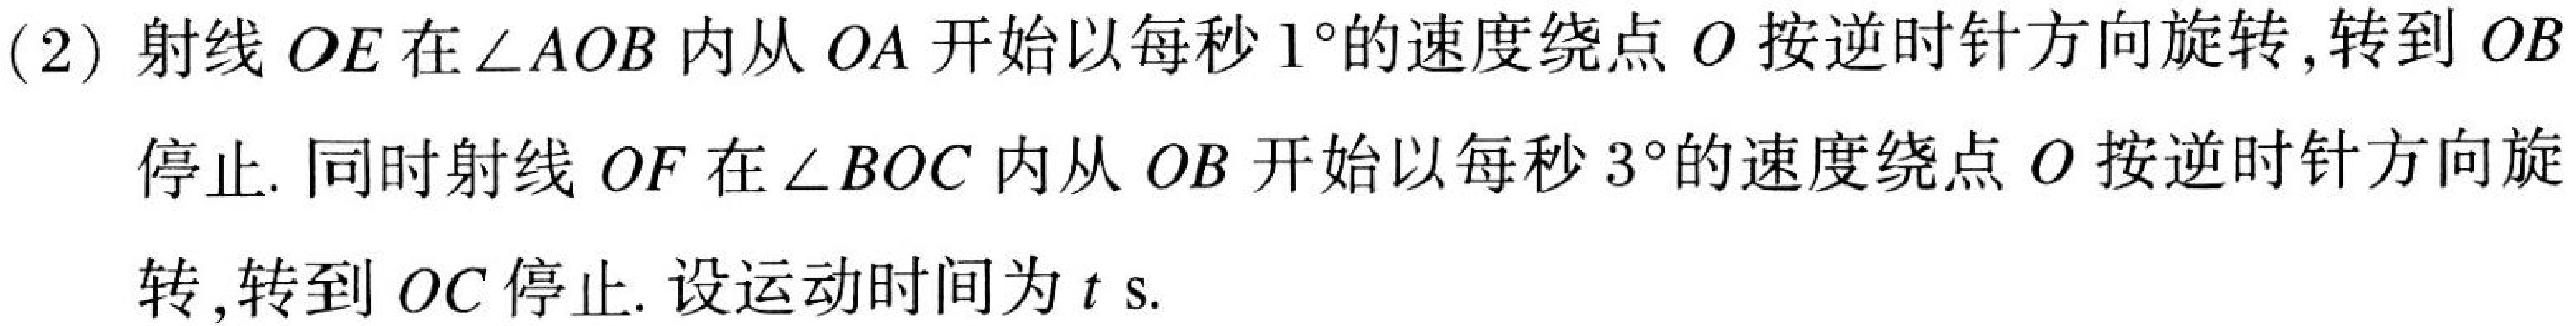
(2) 射线 \(OE\) 在\(\angle AOB\)内从 \(OA\) 开始以每秒 \(1^{\circ}\)的速度绕点 \(O\) 按逆时针方向旋转,转到 \(OB\)
停止. 同时射线 \(OF\) 在\(\angle BOC\)内从 \(OB\) 开始以每秒 \(3^{\circ}\)的速度绕点 \(O\) 按逆时针方向旋
转,转到 \(OC\) 停止. 设运动时间为 \(t\) s.